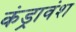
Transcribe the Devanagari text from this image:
कंड्रावंश